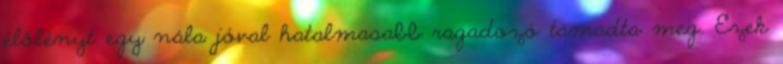
élőlényt egy nála jóval hatalmasabb ragadozó támadta meg. Ezek